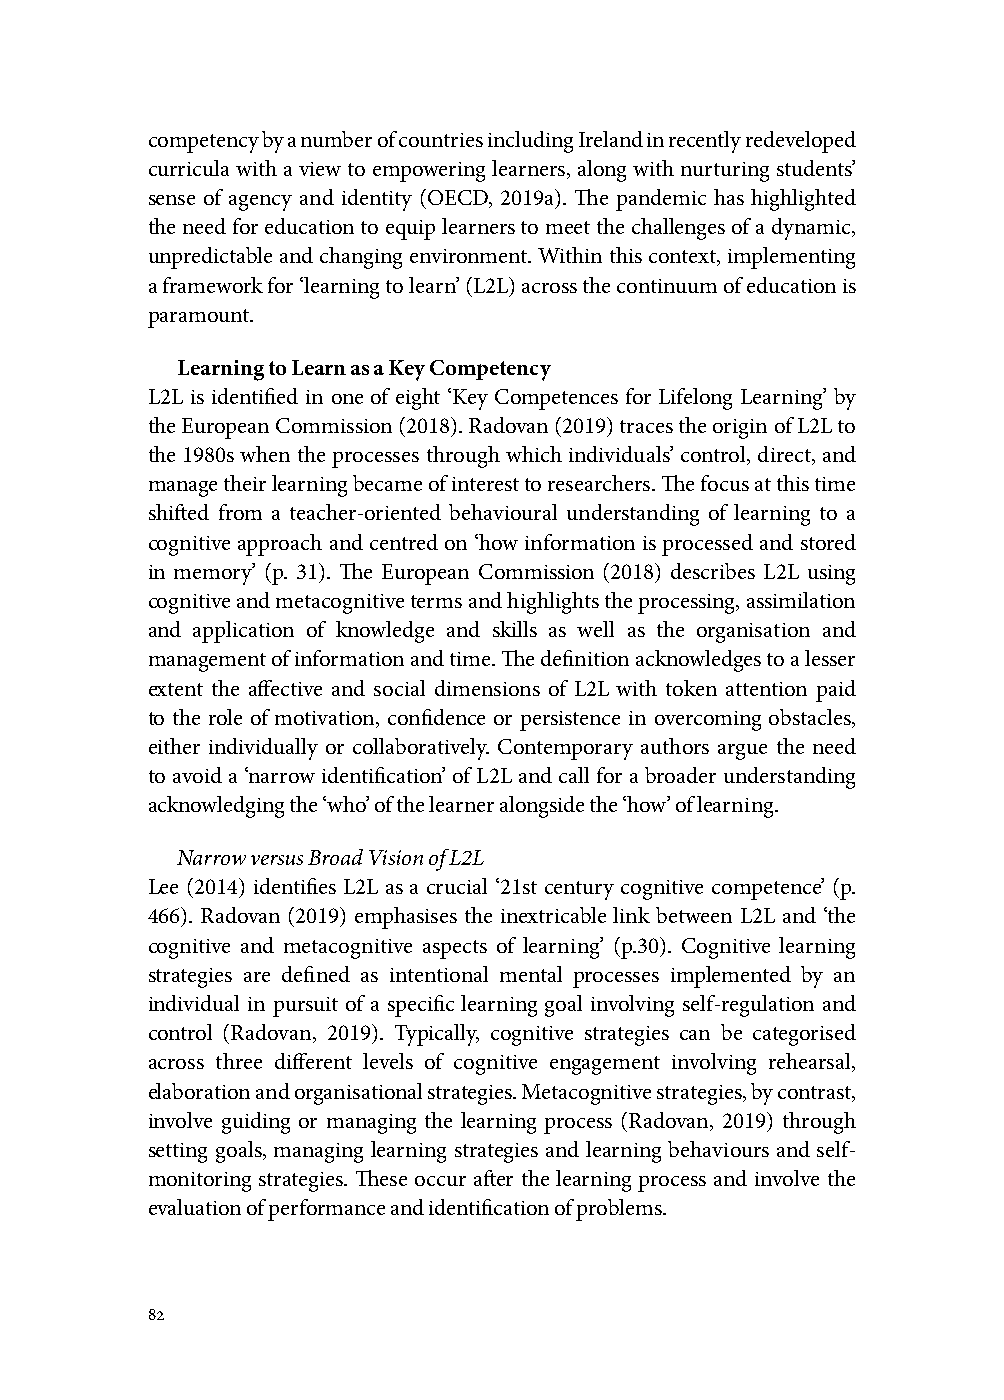
competency by a number of countries including Ireland in recently redeveloped
 curricula with a view to empowering learners, along with nurturing students’
 sense of agency and identity (OECD, 2019a). The pandemic has highlighted
 the need for education to equip learners to meet the challenges of a dynamic,
 unpredictable and changing environment. Within this context, implementing
 a framework for ‘learning to learn’ (L2L) across the continuum of education is
 paramount.
 Learning to Learn as a Key Competency
 L2L is identified in one of eight ‘Key Competences for Lifelong Learning’ by
 the European Commission (2018). Radovan (2019) traces the origin of L2L to
 the 1980s when the processes through which individuals’ control, direct, and
 manage their learning became of interest to researchers. The focus at this time
 shifted from a teacher-oriented behavioural understanding of learning to a
 cognitive approach and centred on ‘how information is processed and stored
 in memory’ (p. 31). The European Commission (2018) describes L2L using
 cognitive and metacognitive terms and highlights the processing, assimilation
 and application of knowledge and skills as well as the organisation and
 management of information and time. The definition acknowledges to a lesser
 extent the affective and social dimensions of L2L with token attention paid
 to the role of motivation, confidence or persistence in overcoming obstacles,
 either individually or collaboratively. Contemporary authors argue the need
 to avoid a ‘narrow identification’ of L2L and call for a broader understanding
 acknowledging the ‘who’ of the learner alongside the ‘how’ of learning.
 Narrow versus Broad Vision of L2L
 Lee (2014) identifies L2L as a crucial ‘21st century cognitive competence’ (p.
 466). Radovan (2019) emphasises the inextricable link between L2L and ‘the
 cognitive and metacognitive aspects of learning’ (p.30). Cognitive learning
 strategies are defined as intentional mental processes implemented by an
 individual in pursuit of a specific learning goal involving self-regulation and
 control (Radovan, 2019). Typically, cognitive strategies can be categorised
 across three different levels of cognitive engagement involving rehearsal,
 elaboration and organisational strategies. Metacognitive strategies, by contrast,
 involve guiding or managing the learning process (Radovan, 2019) through
 setting goals, managing learning strategies and learning behaviours and self-
 monitoring strategies. These occur after the learning process and involve the
 evaluation of performance and identification of problems.
 82